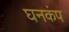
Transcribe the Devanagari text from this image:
घनकंप